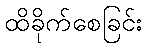
ထိခိုက်စေခြင်း